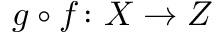
g \circ f \colon X \rightarrow Z